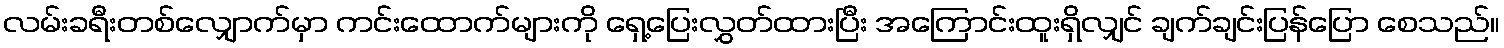
လမ်းခရီးတစ်လျှောက်မှာ ကင်းထောက်များကို ရှေ့ပြေးလွှတ်ထားပြီး အကြောင်းထူးရှိလျှင် ချက်ချင်းပြန်ပြော စေသည်။